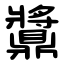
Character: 䵼